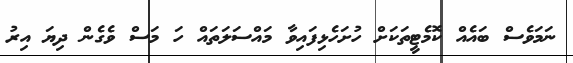
ނަމަވެސް ބައެއް ކޮމެޓީތަކަށް ހުށަހެޅިފައިވާ މައްސަލަތައް ހަ މަސް ވެގެން ދިޔަ އިރު